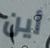
أين